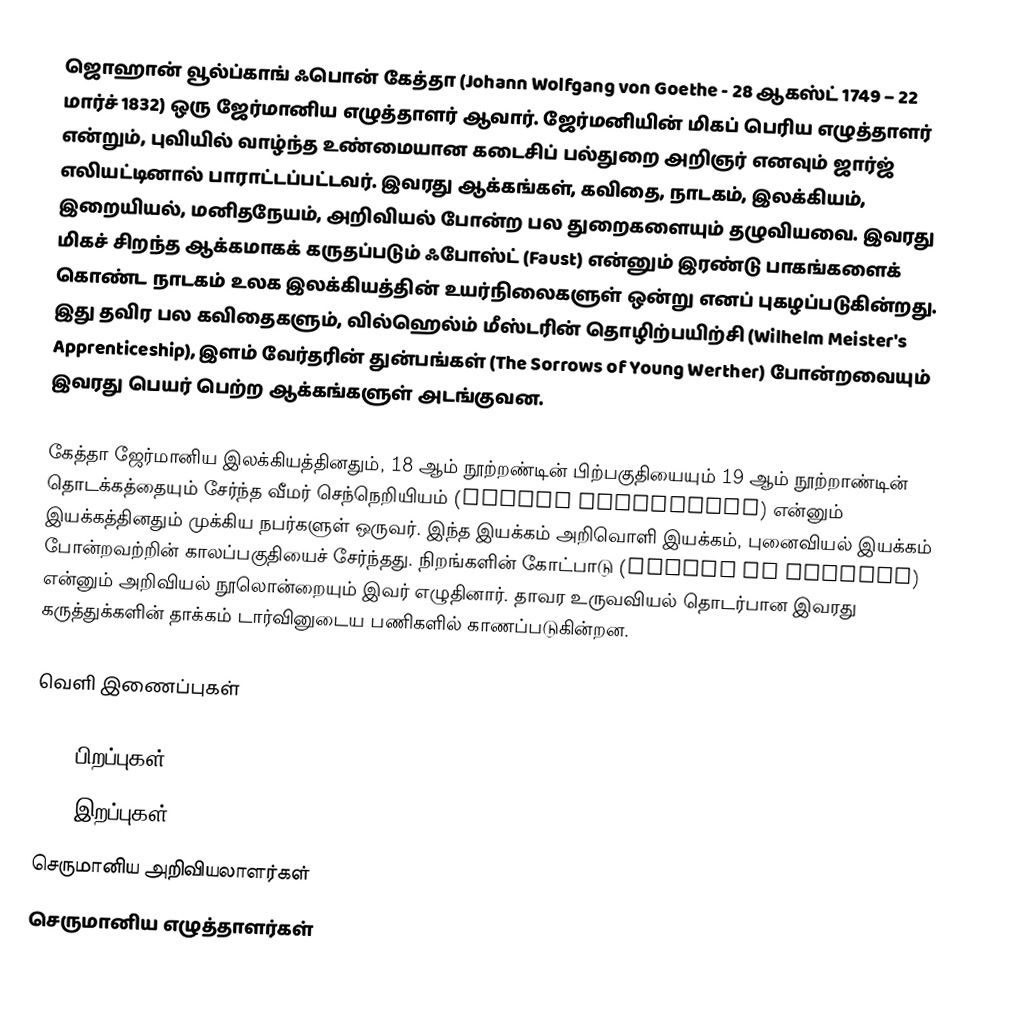
ஜொஹான் வூல்ப்காங் ஃபொன் கேத்தா (Johann Wolfgang von Goethe - 28 ஆகஸ்ட் 1749 – 22 மார்ச் 1832) ஒரு ஜேர்மானிய எழுத்தாளர் ஆவார். ஜேர்மனியின் மிகப் பெரிய எழுத்தாளர் என்றும், புவியில் வாழ்ந்த உண்மையான கடைசிப் பல்துறை அறிஞர் எனவும் ஜார்ஜ் எலியட்டினால் பாராட்டப்பட்டவர். இவரது ஆக்கங்கள், கவிதை, நாடகம், இலக்கியம், இறையியல், மனிதநேயம், அறிவியல் போன்ற பல துறைகளையும் தழுவியவை. இவரது மிகச் சிறந்த ஆக்கமாகக் கருதப்படும் ஃபோஸ்ட் (Faust) என்னும் இரண்டு பாகங்களைக் கொண்ட நாடகம் உலக இலக்கியத்தின் உயர்நிலைகளுள் ஒன்று எனப் புகழப்படுகின்றது. இது தவிர பல கவிதைகளும், வில்ஹெல்ம் மீஸ்டரின் தொழிற்பயிற்சி (Wilhelm Meister's Apprenticeship), இளம் வேர்தரின் துன்பங்கள் (The Sorrows of Young Werther) போன்றவையும் இவரது பெயர் பெற்ற ஆக்கங்களுள் அடங்குவன.

கேத்தா ஜேர்மானிய இலக்கியத்தினதும், 18 ஆம் நூற்றண்டின் பிற்பகுதியையும் 19 ஆம் நூற்றாண்டின் தொடக்கத்தையும் சேர்ந்த வீமர் செந்நெறியியம் (Weimar Classicism) என்னும் இயக்கத்தினதும் முக்கிய நபர்களுள் ஒருவர். இந்த இயக்கம் அறிவொளி இயக்கம், புனைவியல் இயக்கம் போன்றவற்றின் காலப்பகுதியைச் சேர்ந்தது. நிறங்களின் கோட்பாடு (Theory of Colours) என்னும் அறிவியல் நூலொன்றையும் இவர் எழுதினார். தாவர உருவவியல் தொடர்பான இவரது கருத்துக்களின் தாக்கம் டார்வினுடைய பணிகளில் காணப்படுகின்றன.

வெளி இணைப்புகள்

1749 பிறப்புகள்
1832 இறப்புகள்
செருமானிய அறிவியலாளர்கள்
செருமானிய எழுத்தாளர்கள்